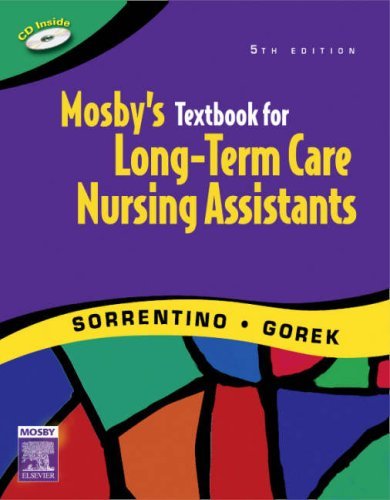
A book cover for By Sheila A. Sorrentino - Mosby's Textbook for Long-Term Care Nursing Assistants: 5th (fifth) Edition; Bernie Gorek Sheila A. Sorrentino; Medical Books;